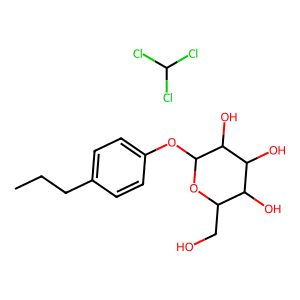
SMILES: CCCc1ccc(OC2OC(CO)C(O)C(O)C2O)cc1.ClC(Cl)Cl
Inhibits HIV replication: No